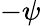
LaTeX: -\psi